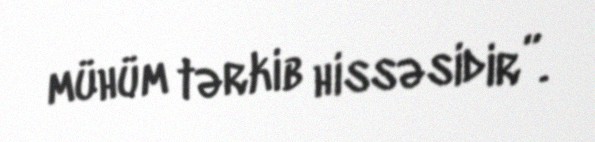
mühüm tərkib hissəsidir”.